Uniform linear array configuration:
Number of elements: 24
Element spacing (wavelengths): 0.5
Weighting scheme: exponential
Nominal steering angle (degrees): -45
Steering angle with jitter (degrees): -46.421
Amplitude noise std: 0.05
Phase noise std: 0.05

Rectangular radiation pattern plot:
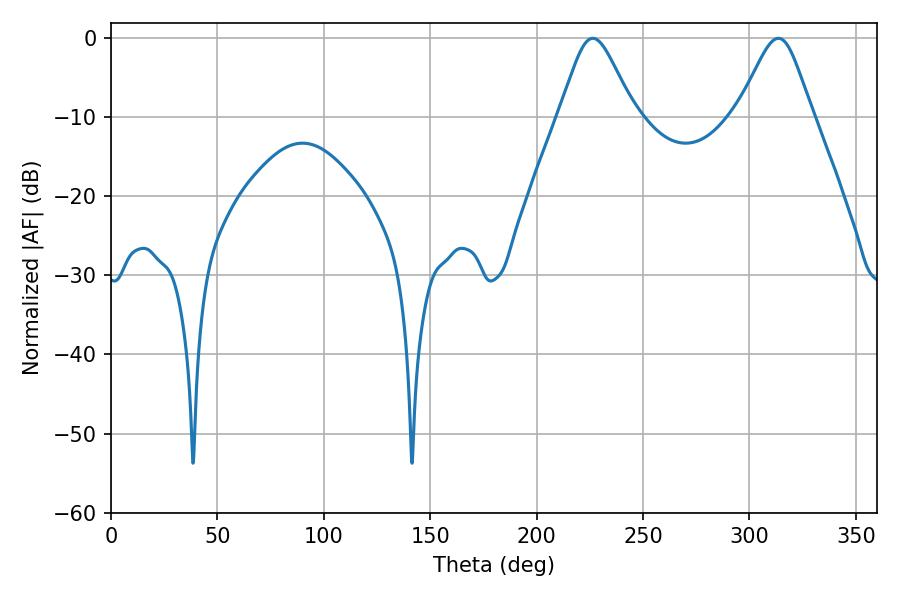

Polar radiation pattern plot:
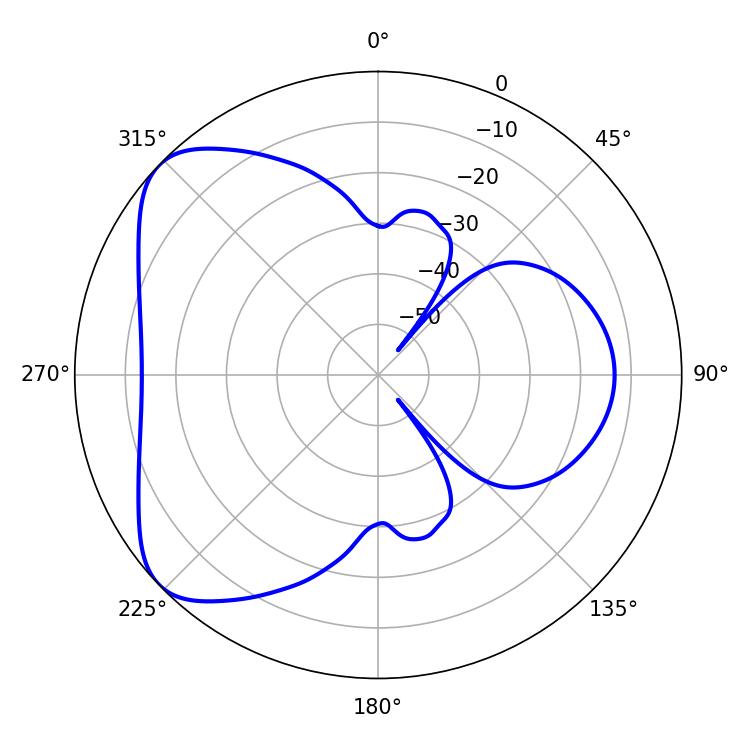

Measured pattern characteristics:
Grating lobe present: FALSE
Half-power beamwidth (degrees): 17.1
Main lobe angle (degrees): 226.44